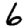
Digit: 6